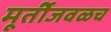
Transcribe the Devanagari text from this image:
मूर्तीजवळच